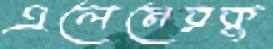
এলেনেরকু